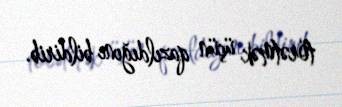
törətmək üçün qazıldığını bildirib.